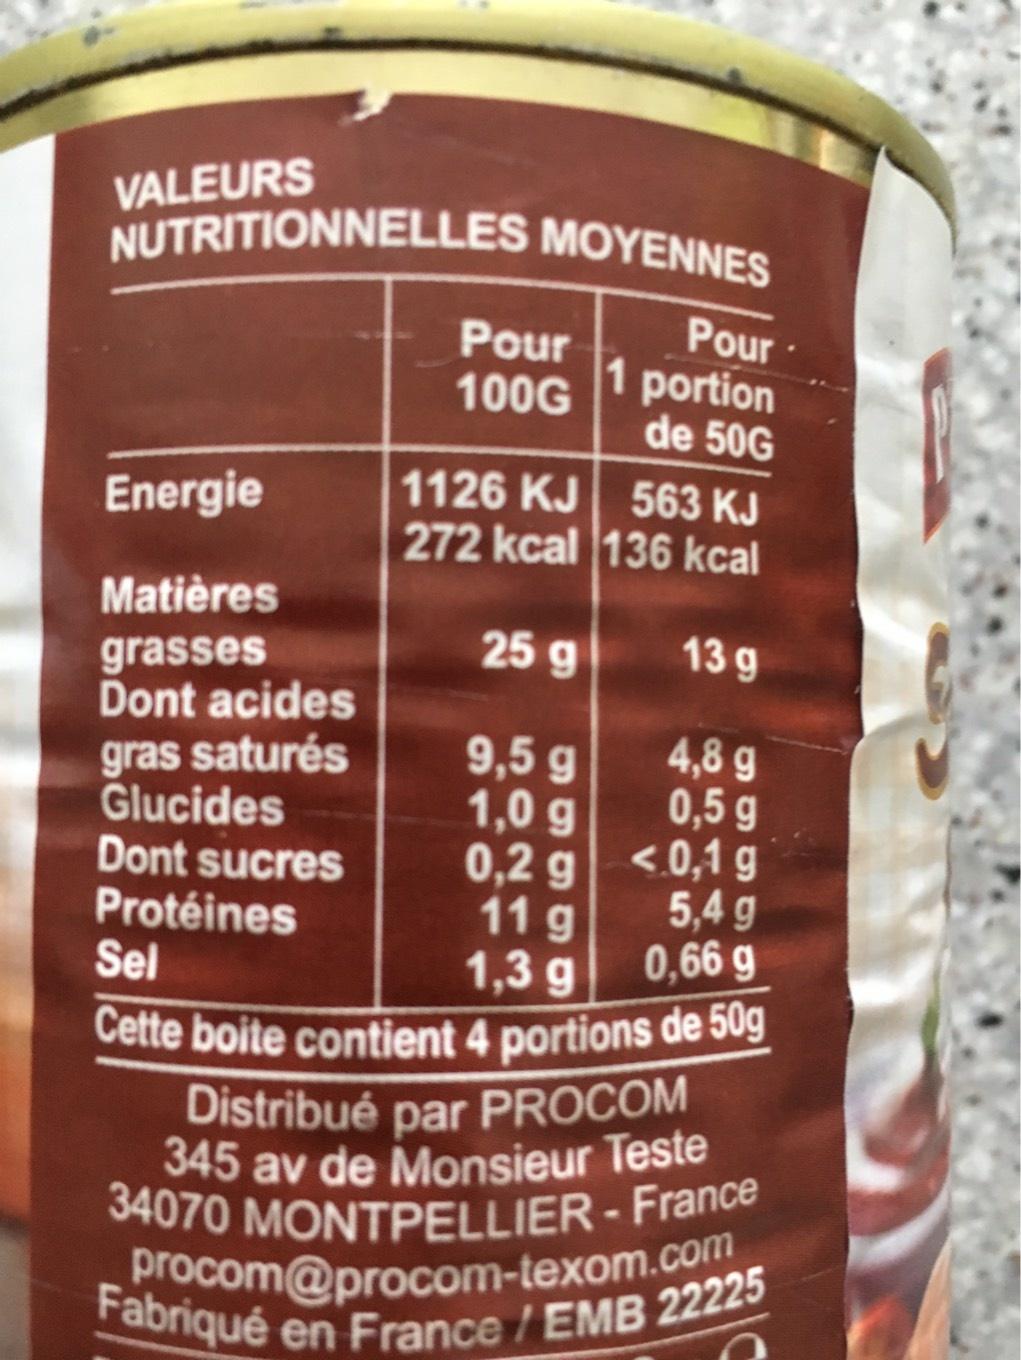
VALEURS
NUTRITIONNELLES MOYENNES
Pour 100G
Pour
1 portion
de 50G
1126 KJ
563 KJ
Energie
272 kcal 136 kcal
Matières
25 g
13 g
grasses
Dont acides
9,5 g
4,8 g
gras saturés
Glucides
1,0 g
0,5 g
Dont sucres
0,2 g
<0,1 g
Protéines
11 g
5,4 g
Sel
1,3 g
0,66 g
Cette boite contient 4 portions de 50g
Distribué par PROCOM 345 av de Monsieur Teste 34070 MONTPELLIER - France procom@procom-texom.com Fabriqué en France / EMB 22225